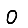
Digit: 0